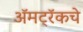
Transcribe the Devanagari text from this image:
ॲमट्रॅकचे